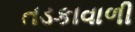
તડકાવાળી